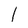
Character: I